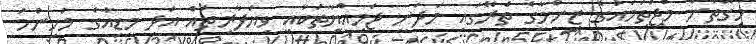
މިގޮތުން މުޖުތަމައުގެ ޒިންމާގެ ތެރޭގައި މަދަނީ ޖަމިއްޔާތަކާއި ވިޔަފާރިތައް އަދި މީޑިއާގެ މުހިންމު